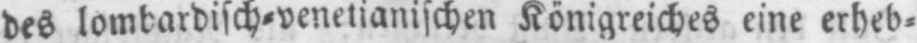
des lombardisch⸗venetianischen Königreiches eine erheb⸗